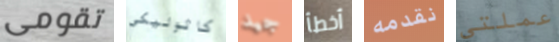
تقومى كاثوليكي جيد أخطأ نقدمه عملتي